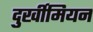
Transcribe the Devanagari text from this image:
दुर्खीमियन